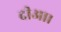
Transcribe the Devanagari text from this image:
दीआ।